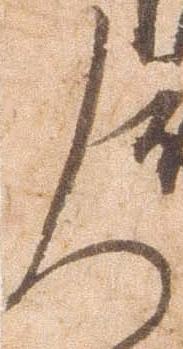
人